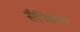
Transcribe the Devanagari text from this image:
सैनिंकांना